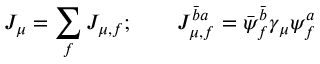
J _ { \mu } = \sum _ { f } J _ { \mu , f } ; \qquad J _ { \mu , f } ^ { \bar { b } a } = \bar { \psi } _ { f } ^ { \bar { b } } \gamma _ { \mu } \psi _ { f } ^ { a }